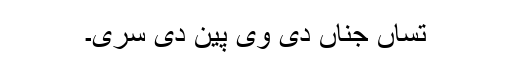
تساں جناں دی وی پین دی سری۔